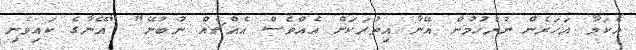
އެކަމާ އަހަރެން ނުރުހުމުން އޭނާ އިތުރަކަށް އެއްވެސް އެއްޗެއް ނުބުނޭ" "އޭނާގެ ކައިވެނި